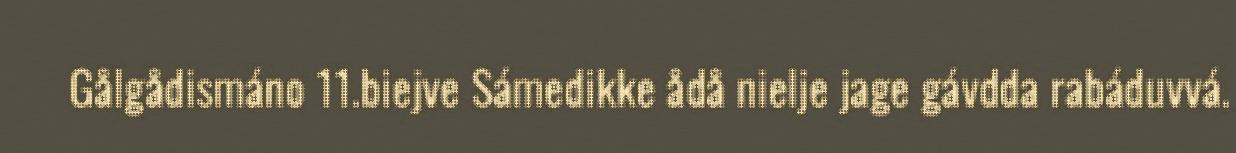
Gålgådismáno 11.biejve Sámedikke ådå nielje jage gávdda rabáduvvá.